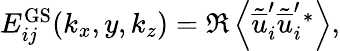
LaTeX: \begin{array}{r}{E_{ij}^{\mathrm{GS}}(k_{x},y,k_{z})=\Re\left<\tilde{\overline{{u}}}_{i}^{\prime}\tilde{\overline{{u}}}_{i}^{\prime}{}^{*}\right>,}\end{array}